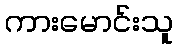
ကားမောင်းသူ